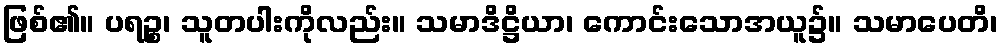
ဖြစ်၏။ ပရဉ္စ၊ သူတပါးကိုလည်း။ သမာဒိဋ္ဌိယာ၊ ကောင်းသောအယူ၌။ သမာပေတိ၊